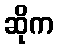
ဆိုက